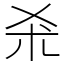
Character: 𣏂